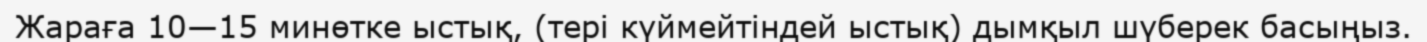
Жараға 10—15 минөтке ыстық, (тері күймейтіндей ыстық) дымқыл шүберек басыңыз.